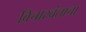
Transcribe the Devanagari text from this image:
विचारवंताचा